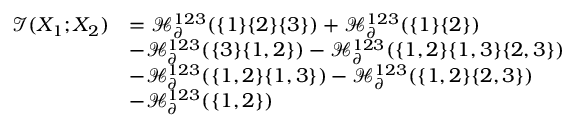
\begin{array} { r l } { \mathcal { I } ( X _ { 1 } ; X _ { 2 } ) } & { = \mathcal { H } _ { \partial } ^ { 1 2 3 } ( \{ 1 \} \{ 2 \} \{ 3 \} ) + \mathcal { H } _ { \partial } ^ { 1 2 3 } ( \{ 1 \} \{ 2 \} ) } \\ & { - \mathcal { H } _ { \partial } ^ { 1 2 3 } ( \{ 3 \} \{ 1 , 2 \} ) - \mathcal { H } _ { \partial } ^ { 1 2 3 } ( \{ 1 , 2 \} \{ 1 , 3 \} \{ 2 , 3 \} ) } \\ & { - \mathcal { H } _ { \partial } ^ { 1 2 3 } ( \{ 1 , 2 \} \{ 1 , 3 \} ) - \mathcal { H } _ { \partial } ^ { 1 2 3 } ( \{ 1 , 2 \} \{ 2 , 3 \} ) } \\ & { - \mathcal { H } _ { \partial } ^ { 1 2 3 } ( \{ 1 , 2 \} ) } \end{array}